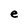
Character: e